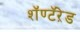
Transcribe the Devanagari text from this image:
शॅण्टॅऱेड